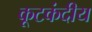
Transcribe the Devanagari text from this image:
कूटकंदीय